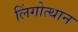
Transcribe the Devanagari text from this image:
लिंगोत्थान